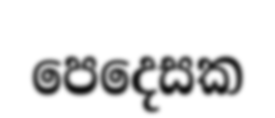
පෙදෙසක